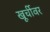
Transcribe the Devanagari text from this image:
खूर्चीवर